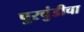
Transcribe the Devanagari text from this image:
पुरचुंडीचा